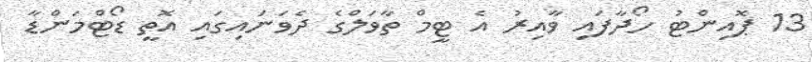
13 ޕޮއިންޓު ހޯދާފައި ވާއިރު އެ ޓީމް ތާވަލްގެ ދެވަނައިގައި އޮތީ ޑޯޓްމަންޑާ